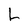
Character: L